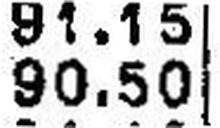
90.50